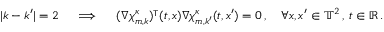
| k - k ^ { \prime } | = 2 \quad \implies \quad ( \nabla { \boldsymbol { \chi } } _ { m , k } ^ { \kappa } ) ^ { \intercal } ( t , x ) \nabla { \boldsymbol { \chi } } _ { m , k ^ { \prime } } ^ { \kappa } ( t , x ^ { \prime } ) = 0 \, , \quad \forall x , x ^ { \prime } \in \ensuremath { \mathbb { T } } ^ { 2 } \, , \, t \in \ensuremath { \mathbb { R } } \, .